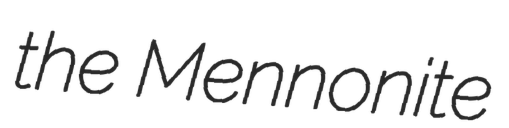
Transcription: the Mennonite